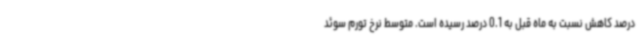
درصد کاهش نسبت به ماه قبل به 0.1 درصد رسیده است. متوسط نرخ تورم سوئد